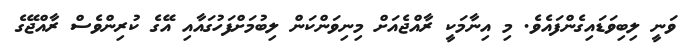
ވަނީ ލިބިވަޑައިގެންފައެވެ. މި އިނާމަކީ ރާއްޖެއަށް މިނިވަންކަން ލިބުމަށްފަހުގައާއި އޭގެ ކުރިންވެސް ރާއްޖޭގެ